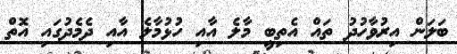
ބަލަން އިރުވާހުދު ތައް އެތިބީ މާލެ އާއި ހުޅުމާލެ އާއި ދެމެދުގައި އޮތް